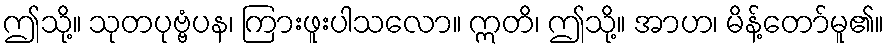
ဤသို့။ သုတပုဗ္ဗံပန၊ ကြားဖူးပါသလော။ ဣတိ၊ ဤသို့။ အာဟ၊ မိန့်တော်မူ၏။